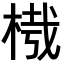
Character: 𣔮